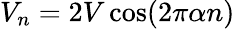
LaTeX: V_{n}=2V\cos(2\pi\alpha n)